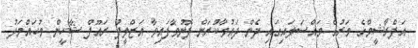
އަފްރާޝީމްގެ މަރުގެ މައްސަލައިގައި ދެން ދައުވާކުރަން ފޮނުވާފައިވާ އަޒްލީފު ރައޫފް ޝާހީން މުހައްމަދު